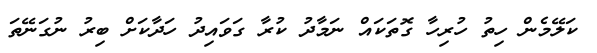
ކަލޭމެން ހިތު ހުރިހާ ގޮތަކައް ނަމާދު ކުރާ ގަވައިދު ހަދާކަށް ބިރު ނުގަނޭތަ